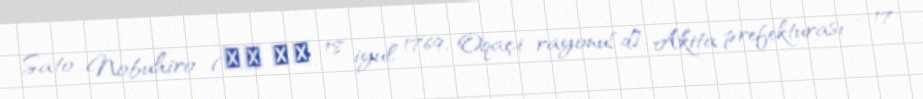
Sato Nobuhiro (佐藤 信淵, 18 iyul 1769, Oqaçi rayonu[d], Akita prefekturası – 17